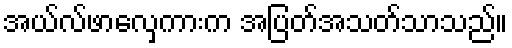
အယ်လ်ဖာလှေကားက အပြတ်အသတ်သာသည်။